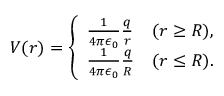
V ( r ) = \left\{ \begin{array} { l l } { \frac { 1 } { 4 \pi \epsilon _ { 0 } } \frac { q } { r } } & { ( r \geq R ) , } \\ { \frac { 1 } { 4 \pi \epsilon _ { 0 } } \frac { q } { R } } & { ( r \leq R ) . } \end{array} \right.